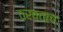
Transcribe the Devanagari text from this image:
ठरवताच